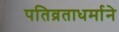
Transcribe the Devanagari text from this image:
पतिव्रताधर्माने